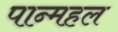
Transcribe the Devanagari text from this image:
पान्महल